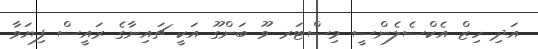
އަދި ހިޒް އެކްސެލެންސީ މިސްޓަރ ވޫ ބަންގޫ އަކީ ޗައިނާގެ ރައީސް ފިޔަވާ